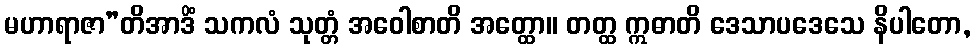
မဟာရာဇာ”တိအာဒိံ သကလံ သုတ္တံ အဝေါစာတိ အတ္ထော။ တတ္ထ ဣဓာတိ ဒေသာပဒေသေ နိပါတော,